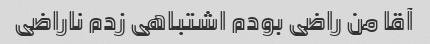
آقا من راضی بودم اشتباهی زدم ناراضی